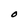
Character: O